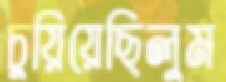
চুয়িয়েছিলুম